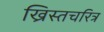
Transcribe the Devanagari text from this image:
ख्रिस्तचरित्र